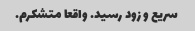
سریع و زود رسید. واقعا متشکرم.